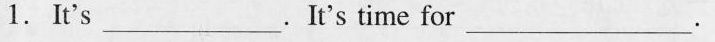
} 1.It's___.It's time for ___